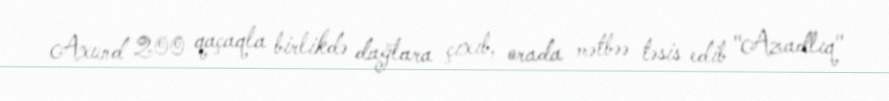
Axund 200 qaçaqla birlikdə dağlara çıxıb, orada mətbəə təsis edib "Azadlıq"